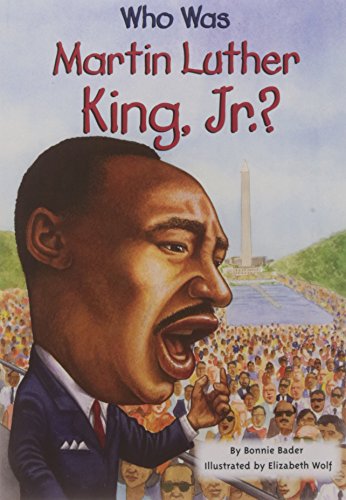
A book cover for Who Was Martin Luther King, Jr.?; Bonnie Bader; Children's Books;